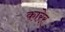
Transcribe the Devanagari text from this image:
कारेर